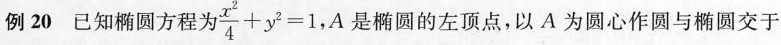
例20 已知椭圆方程为$$\frac { x ^ { 2 } } { 4 } + y ^ { 2 } = 1$$，A是椭圆的左顶点，以A为圆心作圆与椭圆交于